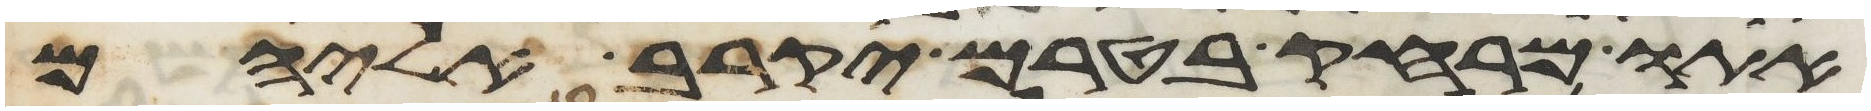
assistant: אתו מרחק בטרם יקרב אליהם